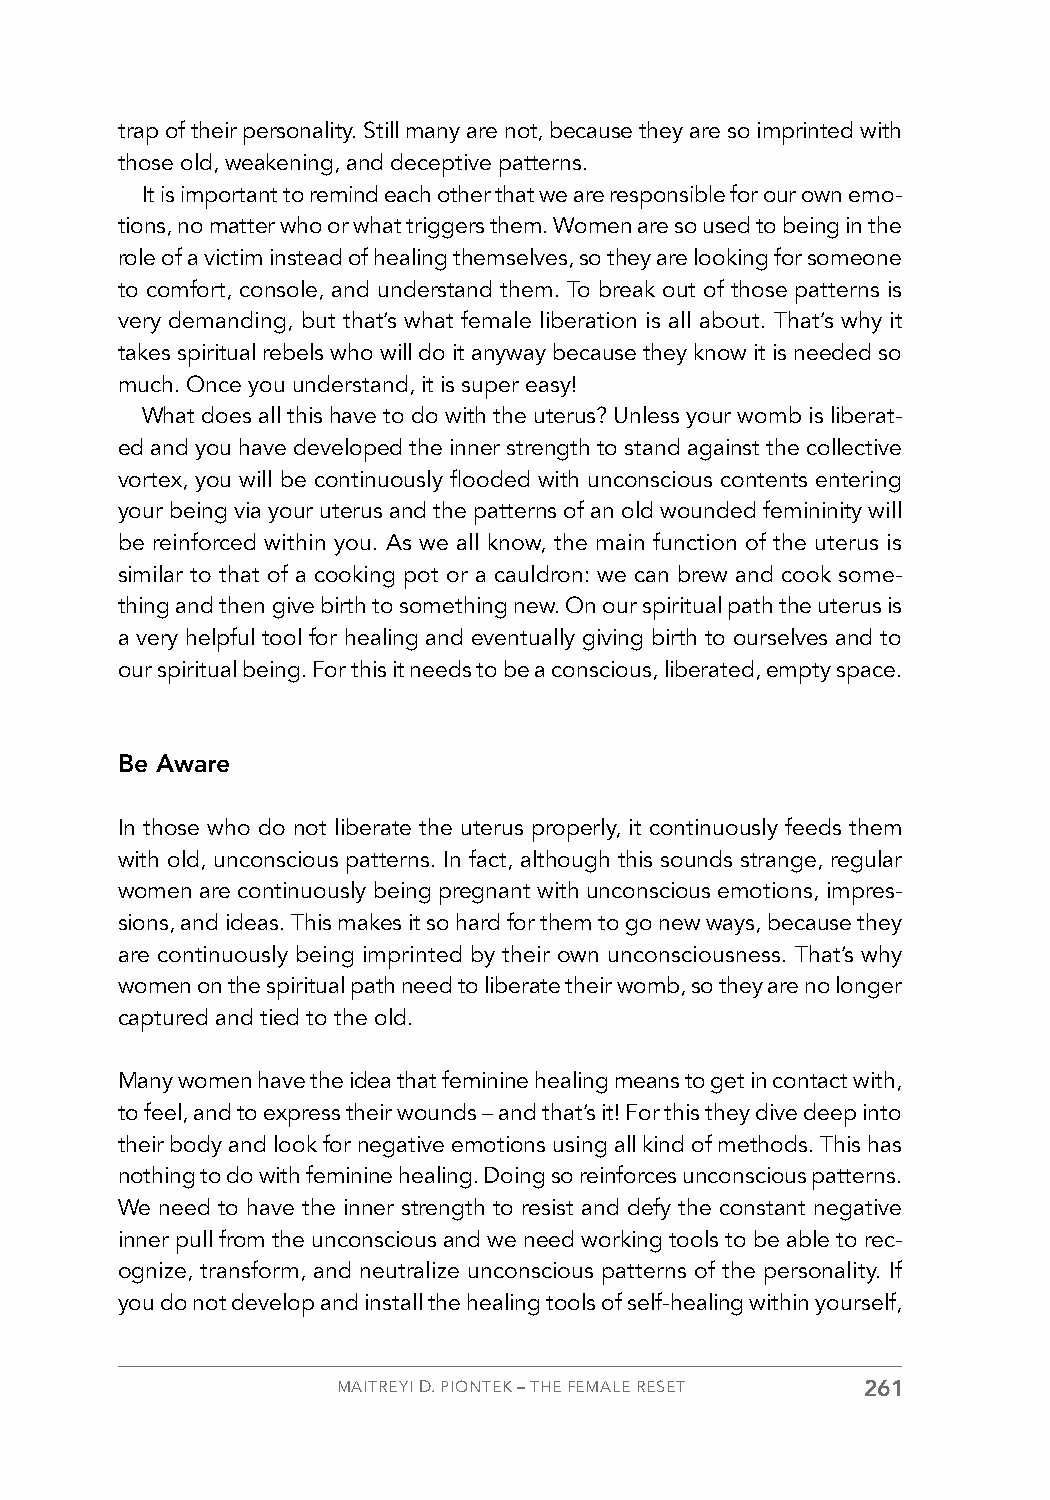
trap of their personality. Still many are not, because they are so imprinted with
 those old, weakening, and deceptive patterns.
 It is important to remind each other that we are responsible for our own emo-
 tions, no matter who or what triggers them. Women are so used to being in the
 role of a victim instead of healing themselves, so they are looking for someone
 to comfort, console, and understand them. To break out of those patterns is
 very demanding, but that’s what female liberation is all about. That’s why it
 takes spiritual rebels who will do it anyway because they know it is needed so
 much. Once you understand, it is super easy!
 What does all this have to do with the uterus? Unless your womb is liberat-
 ed and you have developed the inner strength to stand against the collective
 vortex, you will be continuously flooded with unconscious contents entering
 your being via your uterus and the patterns of an old wounded femininity will
 be reinforced within you. As we all know, the main function of the uterus is
 similar to that of a cooking pot or a cauldron: we can brew and cook some-
 thing and then give birth to something new. On our spiritual path the uterus is
 a very helpful tool for healing and eventually giving birth to ourselves and to
 our spiritual being. For this it needs to be a conscious, liberated, empty space.
 Be Aware
 In those who do not liberate the uterus properly, it continuously feeds them
 with old, unconscious patterns. In fact, although this sounds strange, regular
 women are continuously being pregnant with unconscious emotions, impres-
 sions, and ideas. This makes it so hard for them to go new ways, because they
 are continuously being imprinted by their own unconsciousness. That’s why
 women on the spiritual path need to liberate their womb, so they are no longer
 captured and tied to the old.
 Many women have the idea that feminine healing means to get in contact with,
 to feel, and to express their wounds – and that’s it! For this they dive deep into
 their body and look for negative emotions using all kind of methods. This has
 nothing to do with feminine healing. Doing so reinforces unconscious patterns.
 We need to have the inner strength to resist and defy the constant negative
 inner pull from the unconscious and we need working tools to be able to rec-
 ognize, transform, and neutralize unconscious patterns of the personality. If
 you do not develop and install the healing tools of self-healing within yourself,
 MAITREYI D. PIONTEK – THE FEMALE RESET 261